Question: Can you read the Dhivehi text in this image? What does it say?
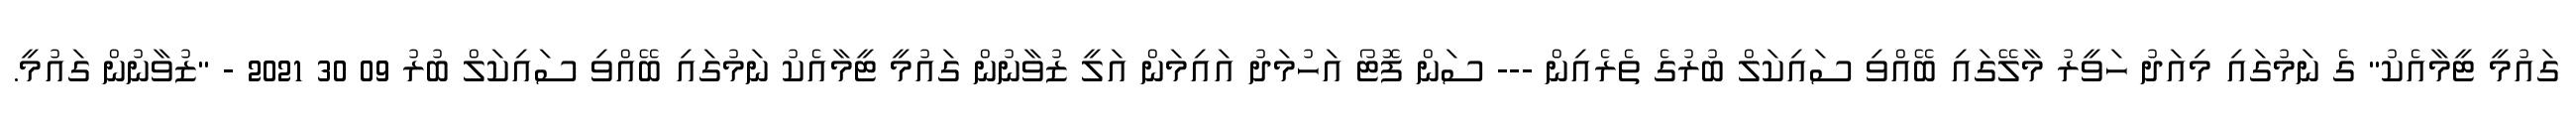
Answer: ގައުމީ ޓީމާއެކު" ގެ ނަމުގައި މިއަދު ހަވީރު މާލޭގައި ބޭއްވި ސައިކަލް ބުރުގެ ތެރެއިން --- ސަން ފޮޓޯ އަހުމަދު އައިމަން އަލީ ޒުވާނުން ގައުމީ ޓީމާއެކު ނަމުގައި ބޭއްވި ސައިކަލް ބުރު 09 30 2021 - "ޒުވާނުން ގައުމީ.